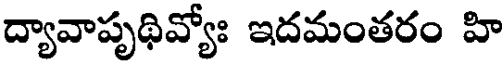
ద్యావాపృథివ్యోః ఇదమంతరం హి